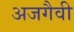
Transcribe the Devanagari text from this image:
अजगैवी